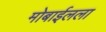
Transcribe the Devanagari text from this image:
मोबाईलला